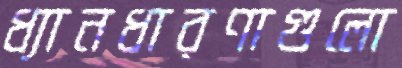
ধ্যানধারণাগুলো